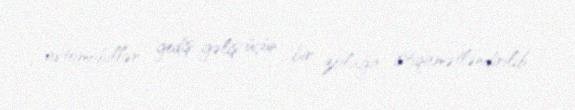
avtomobillər gediş-gəliş üçün bir zolağa istiqamətləndirilib.